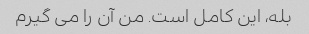
بله، این کامل است. من آن را می گیرم